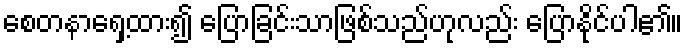
စေတနာရှေ့ထား၍ ပြောခြင်းသာဖြစ်သည်ဟုလည်း ပြောနိုင်ပါ၏။